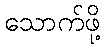
သောက်ဖို့